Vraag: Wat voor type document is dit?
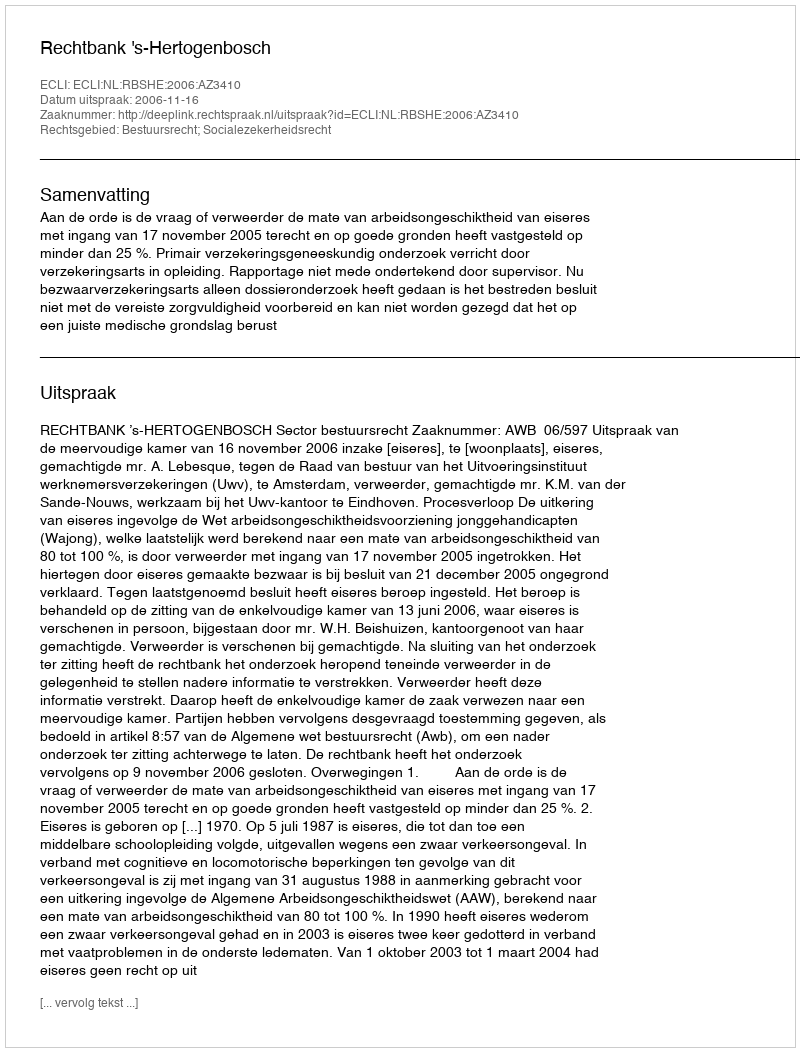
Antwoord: Uitspraak